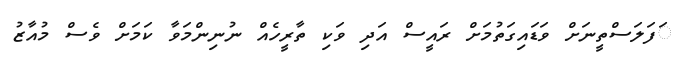
ަފަލަސްތީނަށް ވަޑައިގަތުމަށް ރައީސް އަދި ވަކި ތާރީހެއް ނުނިންމަވާ ކަމަށް ވެސް މުއާޒު